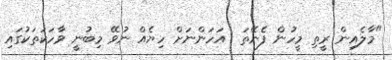
"މާލެއިން ރީތި މީހުން ފެނޭތަ  އަހަންނަށް ހިޔެއް ނުވޭ މިބުނީ ވާހަކަތަކުގައި